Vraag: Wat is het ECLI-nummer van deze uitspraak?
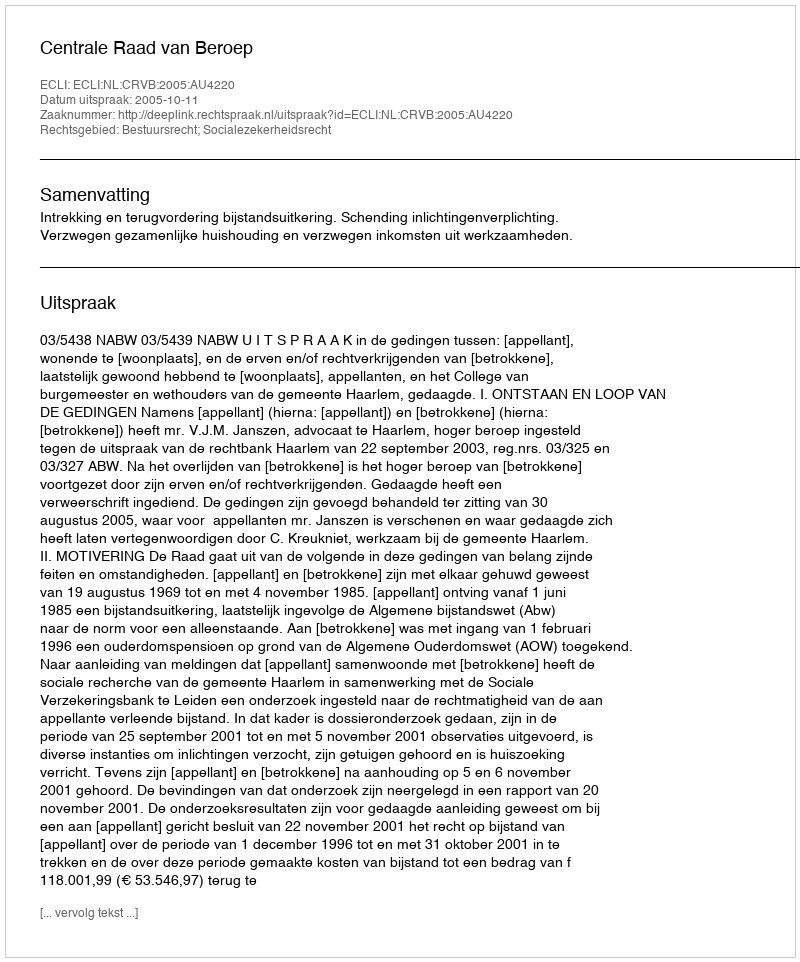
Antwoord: ECLI:NL:CRVB:2005:AU4220